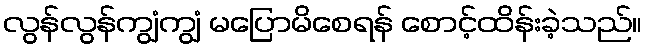
လွန်လွန်ကျွံကျွံ မပြောမိစေရန် စောင့်ထိန်းခဲ့သည်။